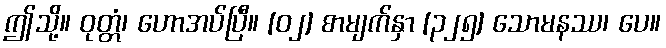
ဤသို့။ ဝုတ္တံ၊ ဟောအပ်ပြီ။ [၀၂] စာမျက်နှာ [၃၂၅] သောမနဿ၊ ပေ။